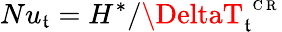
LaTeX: Nu_{\mathfrak{t}}=H^{*}/\DeltaT_{\mathfrak{t}}^{\mathrm{{~\scriptsize~C~R~}}}